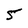
Character: 5